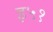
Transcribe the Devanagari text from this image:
इ५१